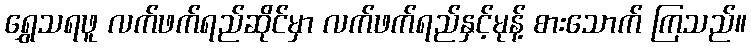
ရွှေသရဖူ လက်ဖက်ရည်ဆိုင်မှာ လက်ဖက်ရည်နှင့်မုန့် စားသောက် ကြသည်။